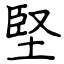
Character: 堅